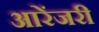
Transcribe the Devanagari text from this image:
आरेंजरी